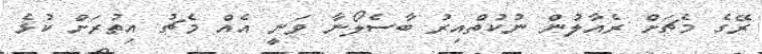
ރޭގެ މެޗަށް ރެއާލުން ނުކުތްއިރު ބާސެލޯނާ ވަނީ އެއް މެޗު އިތުރަށް ކުޅެ